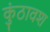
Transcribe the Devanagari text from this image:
कुंठावश